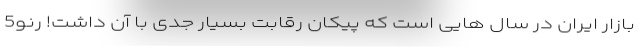
بازار ایران در سال هایی است که پیکان رقابت بسیار جدی با آن داشت! رنو5